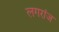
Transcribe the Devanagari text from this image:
लगरांज